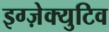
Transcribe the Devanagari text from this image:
इग्ज़ेक्युटिव